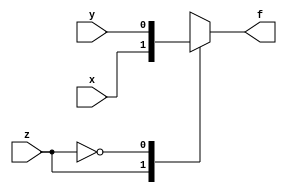
`timescale 1ns / 1ps

module source(
 input x,
 input y,
 input z,
 output reg f
    );
    always @(*)
    begin
    case(z)
    1: f=x;
    0: f=y;
    endcase
    end
endmodule